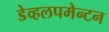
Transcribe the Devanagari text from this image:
डेव्हलपमेन्टन